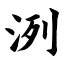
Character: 洌